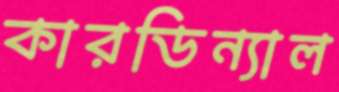
কারডিন্যাল